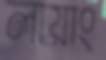
লায়াং